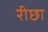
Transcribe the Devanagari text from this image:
रीछा